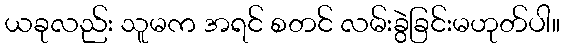
ယခုလည်း သူမက အရင် စတင် လမ်းခွဲခြင်းမဟုတ်ပါ။